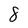
Character: 8